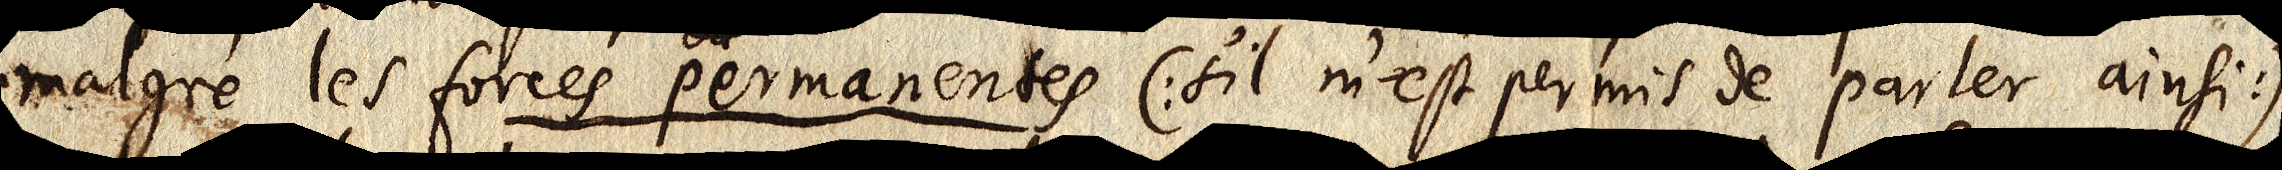
malgré les forces permanentes (s’il m’est permis de parler ainsi)